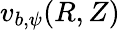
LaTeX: v_{b,\psi}(R,Z)